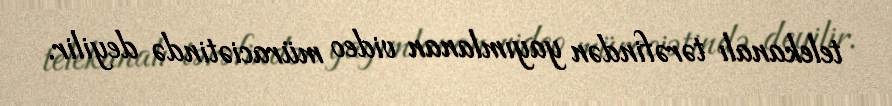
telekanalı tərəfindən yayımlanan video müraciətində deyilir.